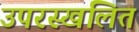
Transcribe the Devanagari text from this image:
उपरस्खलित